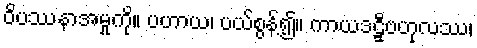
ဝိပဿနာအမှုကို။ ပဟာယ၊ ပယ်စွန့်၍။ ကာယဒဠှီဗဟုလဿ၊